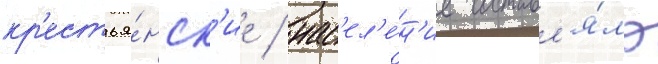
кр'естья́нск'ие / нас'ел'е́н'ие составл'я́ло